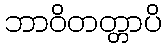
ဘာဝိတတ္တာပိ